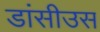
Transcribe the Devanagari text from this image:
डांसीउस